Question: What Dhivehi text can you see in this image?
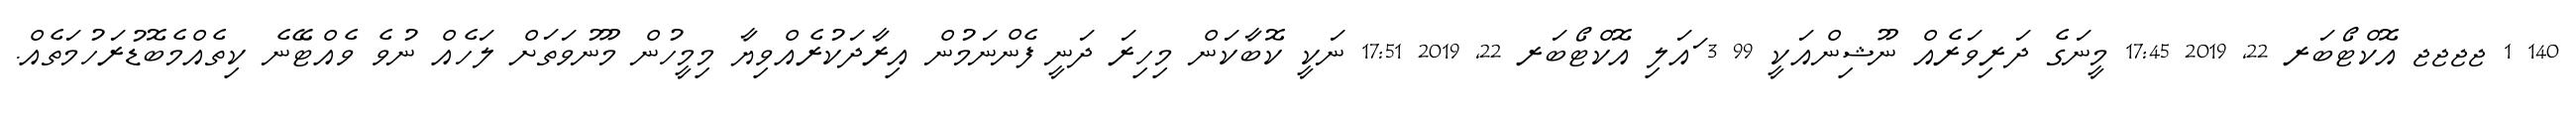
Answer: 140 1 ޖޖޖޖ އޮކްޓޯބަރ 22, 2019 17:45 މީނަގެ ދަރިވަރެއް ނޫޝިންއަކީ 99 3 ައަލި އޮކްޓޯބަރ 22, 2019 17:51 ނަކީ ކޮބާކަން މިހިރަ ދަނީ ފެންނަމުން އިރާދަކުރެއްވިޔާ މިމީހުން މޫނުވަތަށް ލަހެއް ނުވެ ވެއްޓޭނެ ކިތެއްމެބޮޑުރަހުމަތެއް.